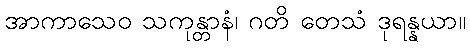
အာကာသေဝ သကုန္တာနံ၊ ဂတိ တေသံ ဒုရန္နယာ။